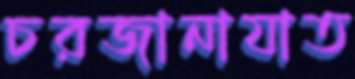
চরজানাযাত